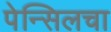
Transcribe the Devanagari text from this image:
पेन्सिलचा